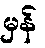
မှန်